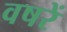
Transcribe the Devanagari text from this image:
वषरें